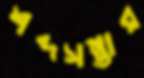
শব্দসম্ভার